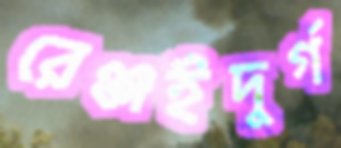
রেঞ্জইদুর্গ